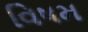
વિષમ